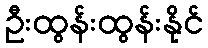
ဦးထွန်းထွန်းနိုင်